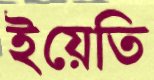
ইয়েতি